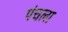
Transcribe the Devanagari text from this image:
पंचला